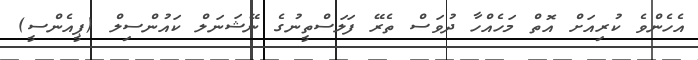
އެހެންވެ ކުރިއަށް އޮތް މަހެއްހާ ދުވަސް ތެރޭ ފަލަސްތީނުގެ ނޭޝަނަލް ކައުންސިލް (ޕީއެންސީ)